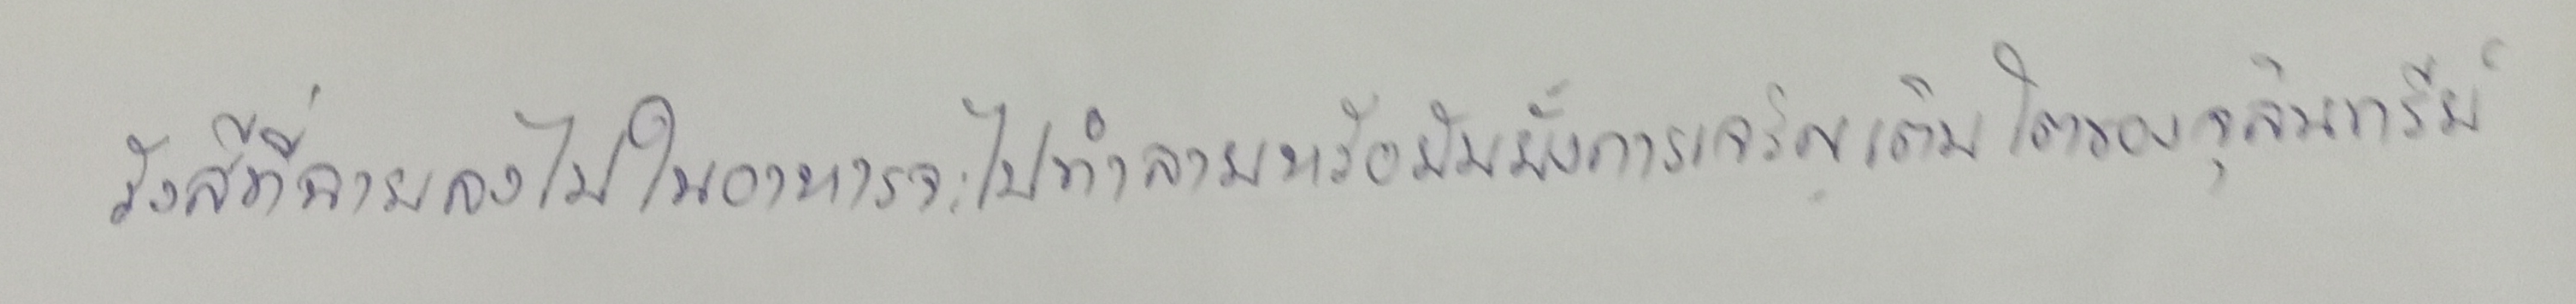
รังสีที่ฉายลงไปในอาหารจะไปทำลายหรือยับยั้งการเจริญเติบโตของจุลินทรีย์